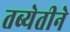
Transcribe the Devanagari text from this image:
तब्येतीने